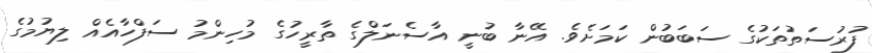
ފުރުސަތުތަކުގެ ސަބަބުން ކަމަށެވެ. އޭނާ ބުނީ އާސެނަލްގެ ތާރީހުގެ މުހިންމު ސަފްހާއެއް ލިޔުމުގެ